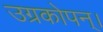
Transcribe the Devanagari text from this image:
उग्रकोपन्।